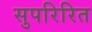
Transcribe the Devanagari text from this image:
सुपरिरित